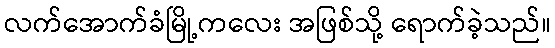
လက်အောက်ခံမြို့ကလေး အဖြစ်သို့ ရောက်ခဲ့သည်။